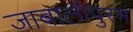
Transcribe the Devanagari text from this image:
जाबालीपुरम